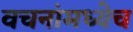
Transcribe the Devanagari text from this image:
वचनांमध्येच